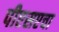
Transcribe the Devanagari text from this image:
पीएसएचा